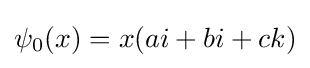
\psi _{0}(x)=x(ai+bi+ck)